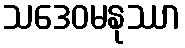
သဒေဝမနုဿာ